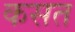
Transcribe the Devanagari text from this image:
कसत